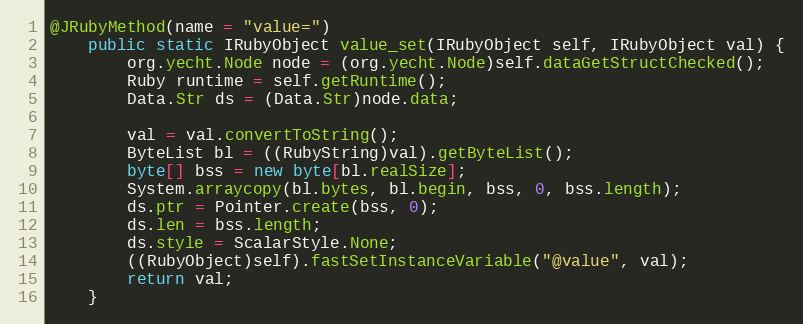
Language: Java
@JRubyMethod(name = "value=")
    public static IRubyObject value_set(IRubyObject self, IRubyObject val) {
        org.yecht.Node node = (org.yecht.Node)self.dataGetStructChecked();
        Ruby runtime = self.getRuntime();
        Data.Str ds = (Data.Str)node.data;

        val = val.convertToString();
        ByteList bl = ((RubyString)val).getByteList();
        byte[] bss = new byte[bl.realSize];
        System.arraycopy(bl.bytes, bl.begin, bss, 0, bss.length);
        ds.ptr = Pointer.create(bss, 0);
        ds.len = bss.length;
        ds.style = ScalarStyle.None;
        ((RubyObject)self).fastSetInstanceVariable("@value", val);
        return val;
    }